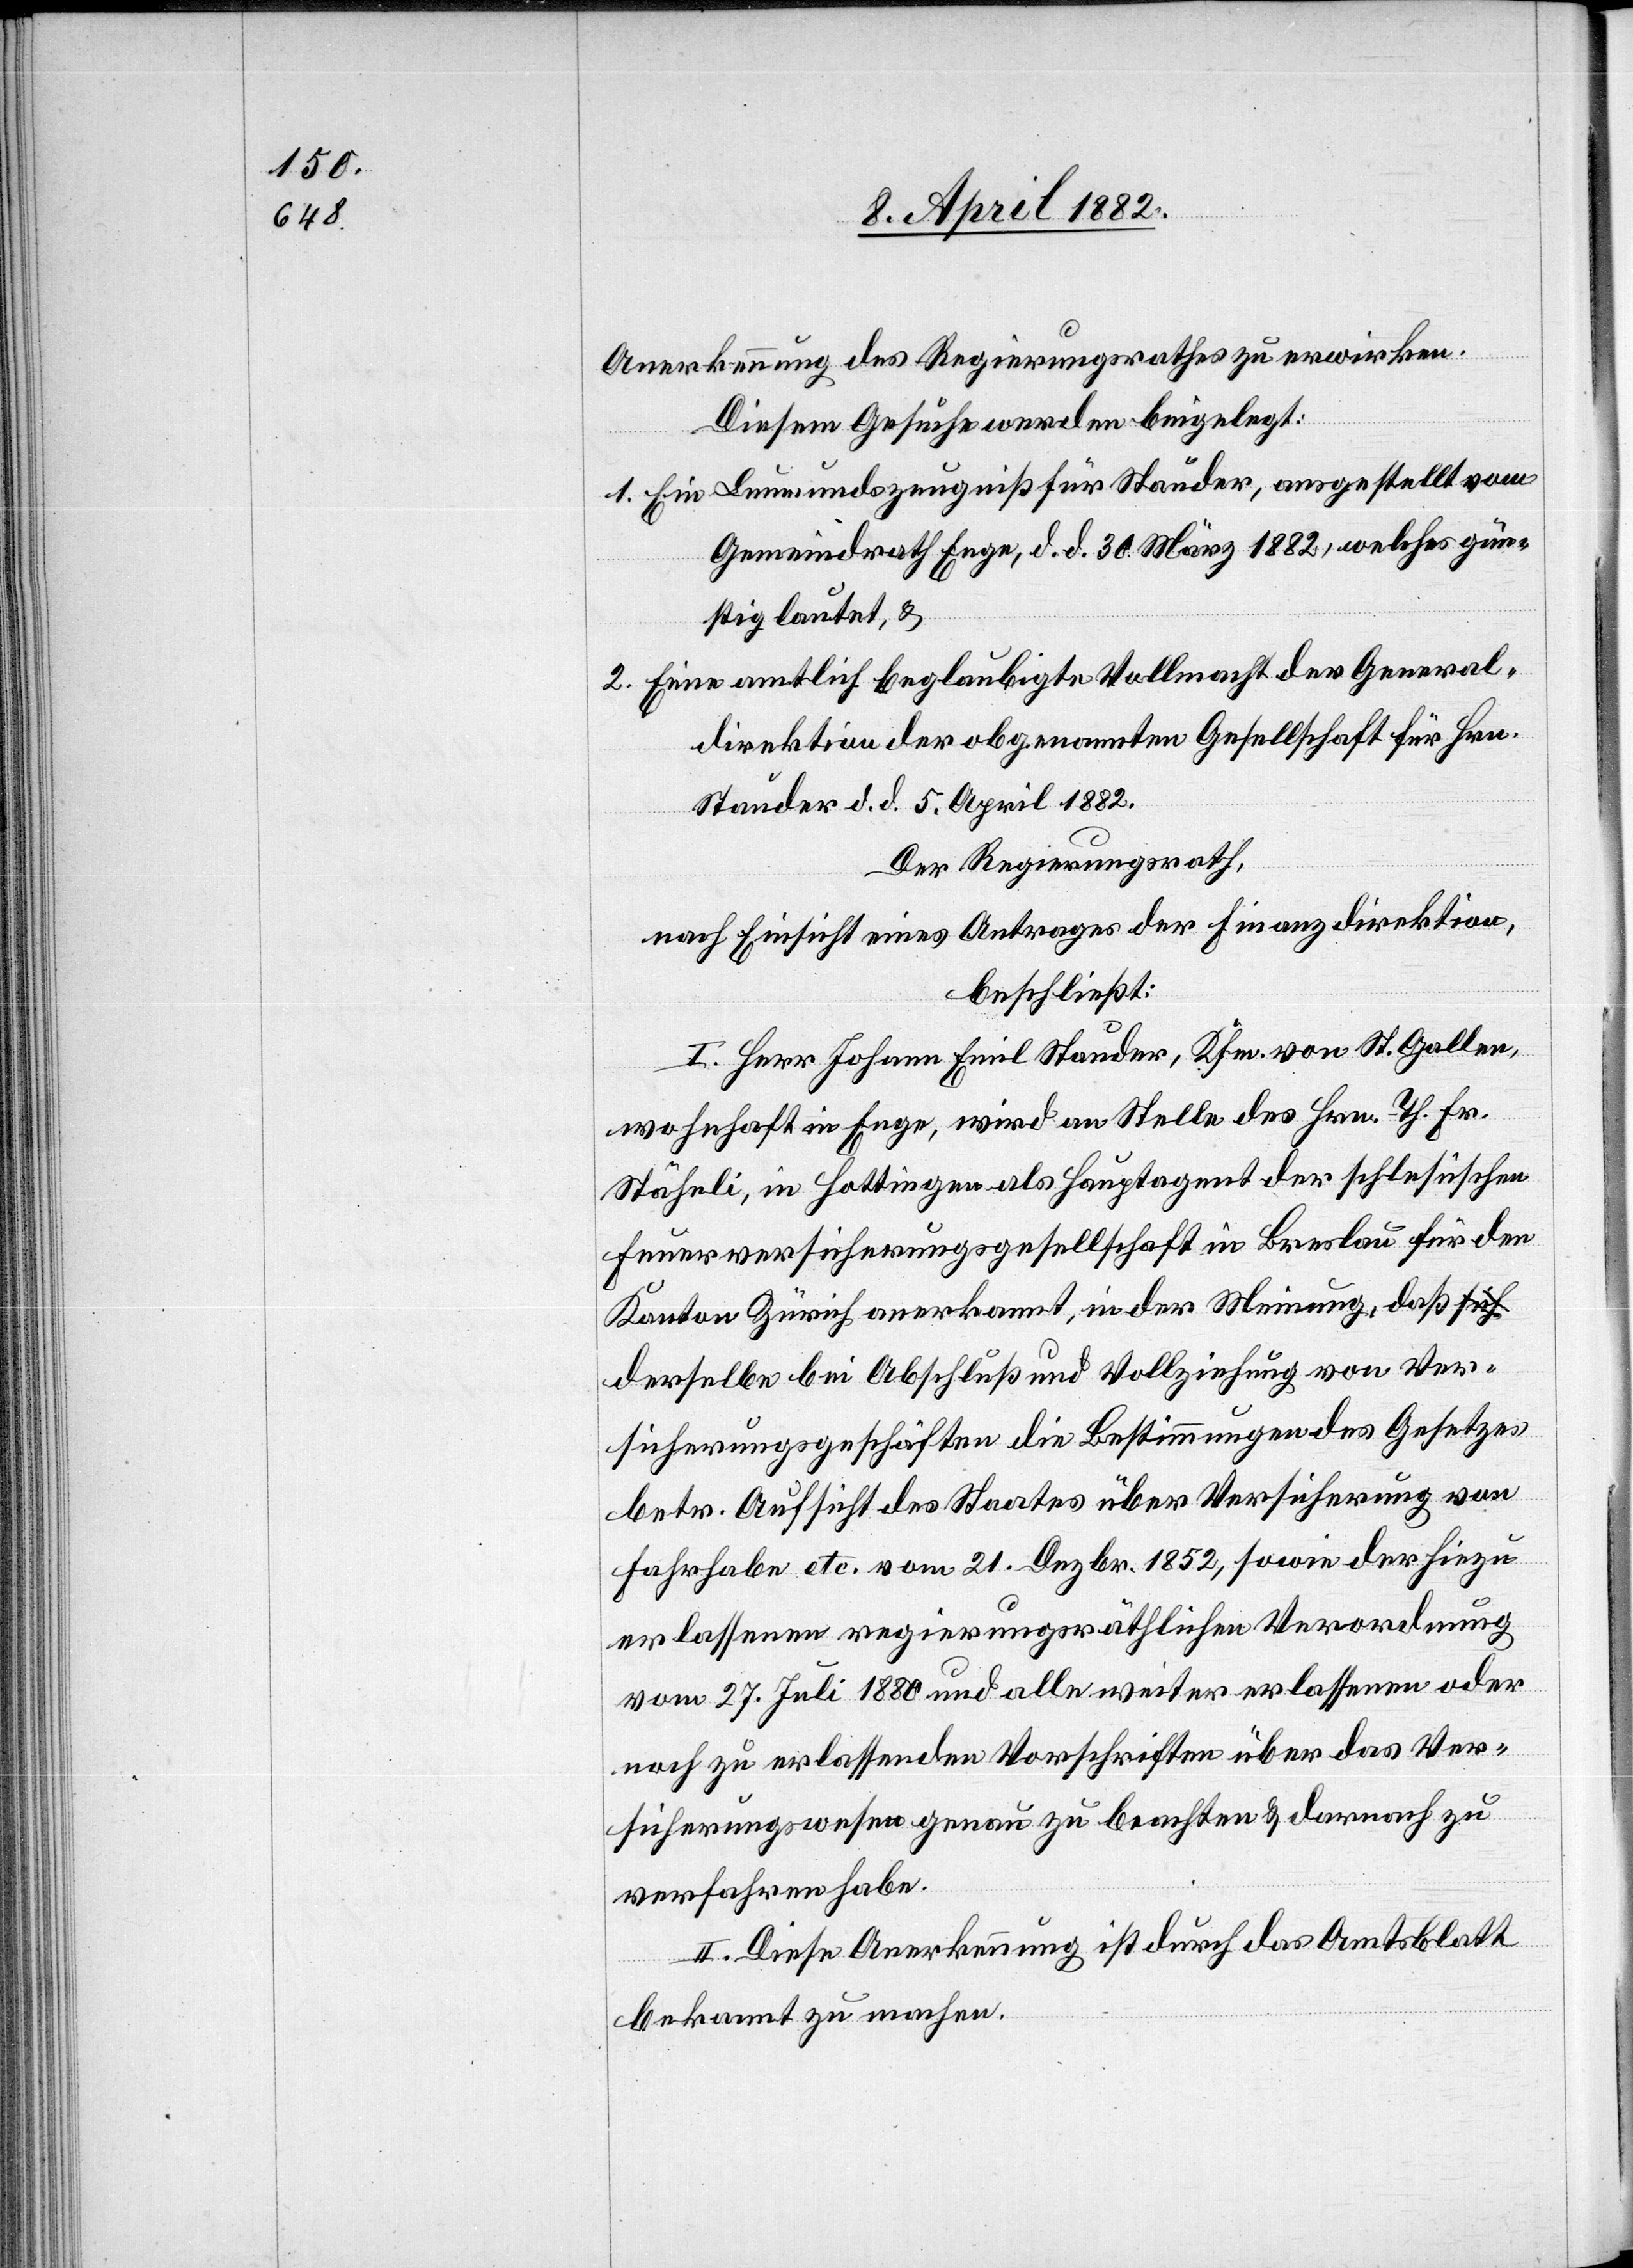
Anerkennung des Regierungsrathes zu erwirken.
Diesem Gesuche werden beigelegt:
Ein Leumundszeugniß für Stauder, ausgestellt vom
Gemeindrath Enge, d. d. 30. März 1882, welches gün¬
stig lautet, &
Eine amtlich beglaubigte Vollmacht der General¬
direktion der obgenannten Gesellschaft für Hrn.
Stauder d. d. 5. April 1882.
Der Regierungsrath,
nach Einsicht eines Antrages der Finanzdirektion,
beschließt:
I. Herr Johann Emil Stauder, Kfm. von St. Gallen,
wohnhaft in Enge, wird an Stelle des Hrn. Th. Fr.
Stäheli, in Hottingen als Hauptagent der schlesischen
Feuerversicherungsgesellschaft in Breslau für den
Kanton Zürich anerkannt, in der Meinung, daß d¬
erselbe bei Abschluß und Vollziehung von Ver¬
sicherungsgeschäften die Bestimmungen des Gesetzes
betr. Aufsicht des Staates über Versicherung von
Fahrhabe etc. vom 21. Dezbr. 1852, sowie der hiezu
erlassenen regierungsräthlichen Verordnung
vom 27. Juli 1880 und alle weiter erlassenen oder
noch zu erlassenden Vorschriften über das Ver¬
sicherungswesen genau zu beachten & darnach zu
verfahren habe.
II. Diese Anerkennung ist durch das Amtsblatt
bekannt zu machen.